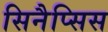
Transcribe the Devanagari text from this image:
सिनैप्सिस